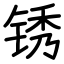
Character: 锈